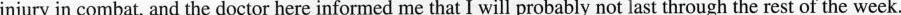
injury in combat, and the doctor here informed me that I will probably not last through the rest of the week.